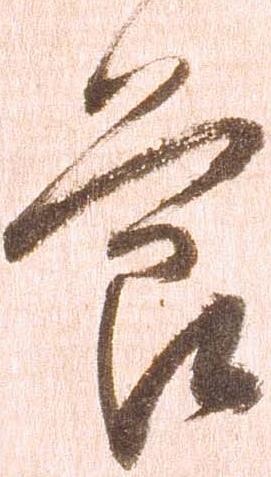
節